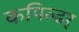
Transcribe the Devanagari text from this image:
कपिल्ढर्